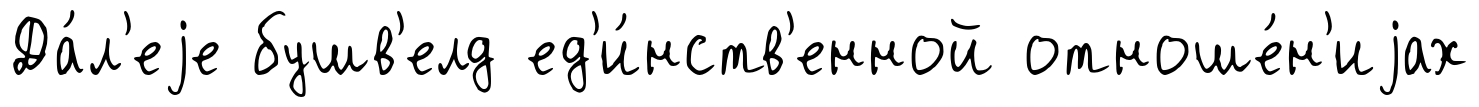
Да́л'еjе бушв'елд ед'и́нств'енной отноше́н'иjах